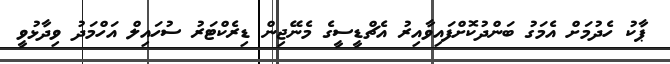
ޕާކު ހެދުމަށް އެމަގު ބަންދުކޮށްފައިވާއިރު އެޗްޑީސީގެ މެނޭޖިން ޑިރެކްޓަރު ސުހައިލް އަހްމަދު ވިދާޅުވީ